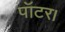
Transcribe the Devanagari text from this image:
पॉटर।